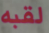
لقبه